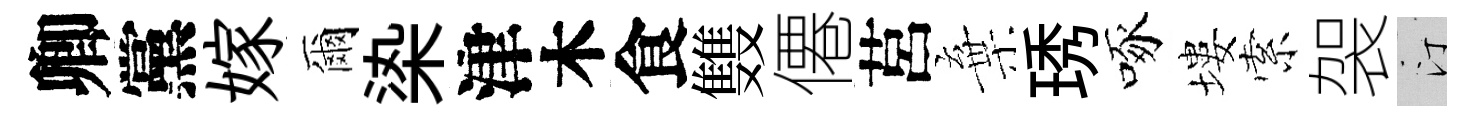
卿黨嫁爾𣑱津木食䨇僊莒棄琇啄塿索袈汀